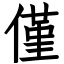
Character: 僅